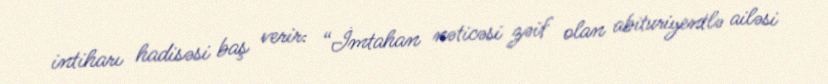
intiharı hadisəsi baş verir: “İmtahan nəticəsi zəif olan abituriyentlə ailəsi